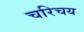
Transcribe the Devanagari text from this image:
चरिचय